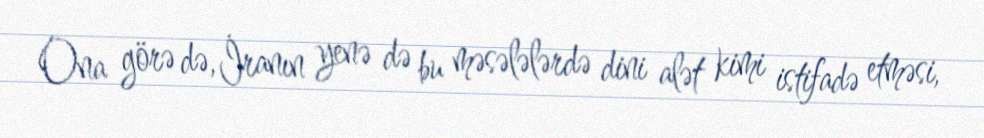
Ona görə də, İranın yenə də bu məsələlərdə dini alət kimi istifadə etməsi,